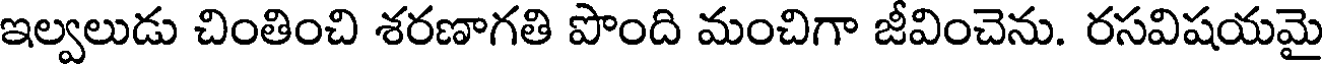
ఇల్వలుడు చింతించి శరణాగతి పొంది మంచిగా జీవించెను. రసవిషయమై